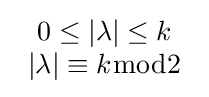
{\begin{array}{c}0\leq |\lambda |\leq k\\|\lambda |\equiv k{\bmod {2}}\end{array}}